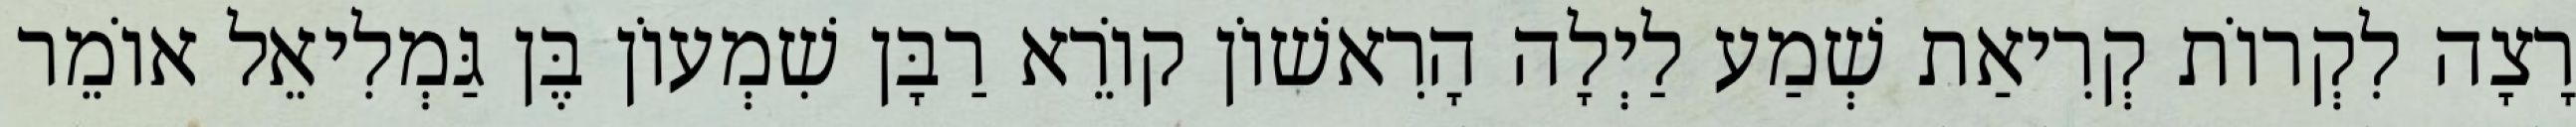
רָצָה לִקְרוֹת קְרִיאַת שְׁמַע לַיְלָה הָרִאשׁוֹן קוֹרֵא רַבָּן שִׁמְעוֹן בֶּן גַּמְלִיאֵל אוֹמֵר